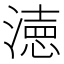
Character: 𭲓